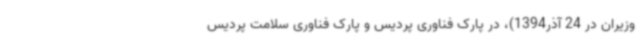
وزیران در 24 آذر1394)، در پارک فناوری پردیس و پارک فناوری سلامت پردیس